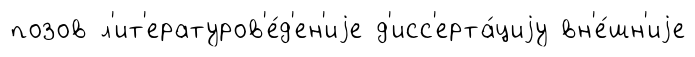
позов л'ит'ературов'е́д'ен'иjе д'исс'ерта́циjу вн'е́шн'иjе